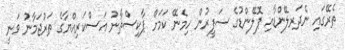
ތެރޭގައި ނެދަރލޭންޑާއި ޕޮލޭންޑުގެ ސަފީރުން ހިމެނޭ ކަމަށް ޕާކިސްތާނު އަސްކަރިއްޔާގެ ތަރުޖަމާނު ވަނީ